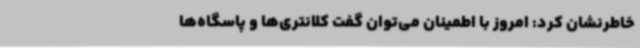
خاطرنشان کرد: امروز با اطمینان می‌توان گفت کلانتری‌ها و پاسگاه‌ها